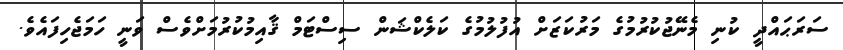
ސަރަޙައްދީ ކުނި މެނޭޖުކުރުމުގެ މަރުކަޒަށް އުފުލުމުގެ ކަލެކްޝަން ސިސްޓަމް ޤާއިމުކުރުމަށްވެސް ވަނީ ހަމަޖެހިފައެވެ.